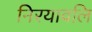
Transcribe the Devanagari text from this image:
निरयावलि